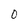
Character: 0